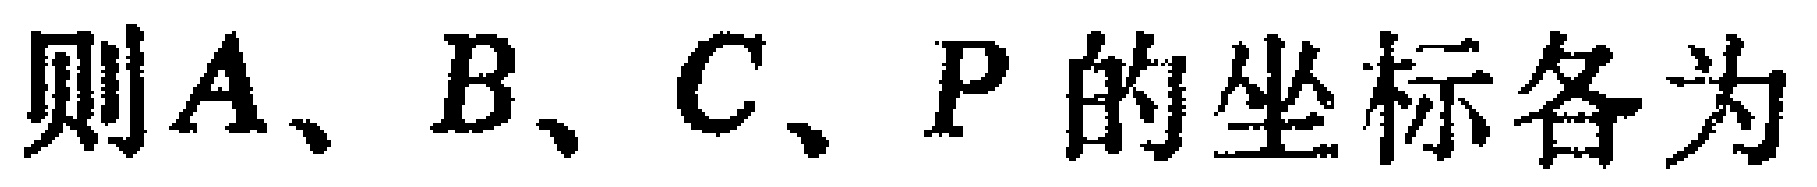
则\(A、B、C、P\)的坐标各为